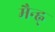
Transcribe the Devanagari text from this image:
मैन्ह्न्